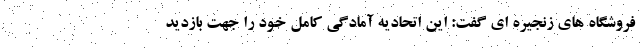
فروشگاه های زنجیره ای گفت: این اتحادیه آمادگی کامل خود را جهت بازدید